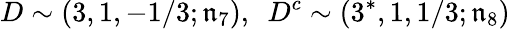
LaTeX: D\sim(3,1,-1/3;\mathfrak{n}_{7}),~~D^{c}\sim(3^{*},1,1/3;\mathfrak{n}_{8})